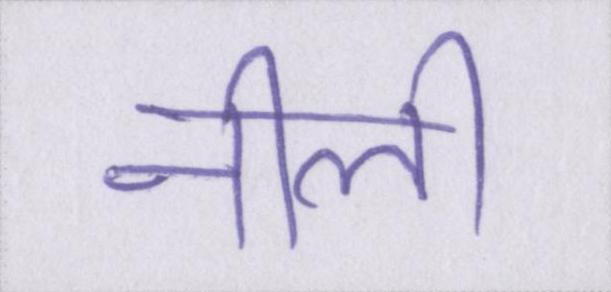
नीली